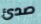
صدئ